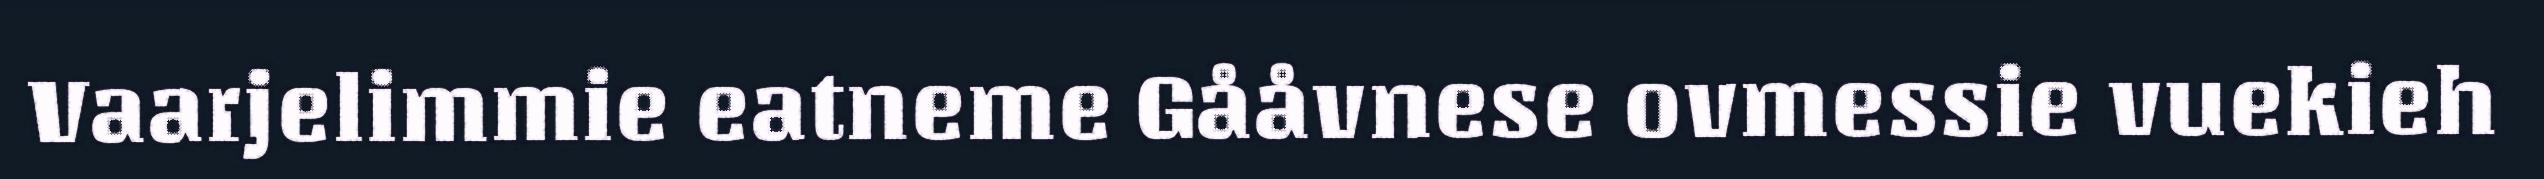
Vaarjelimmie eatneme Gååvnese ovmessie vuekieh